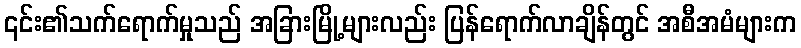
၎င်း၏သက်ရောက်မှုသည် အခြားမြို့များလည်း ပြန်ရောက်လာချိန်တွင် အစီအမံများက